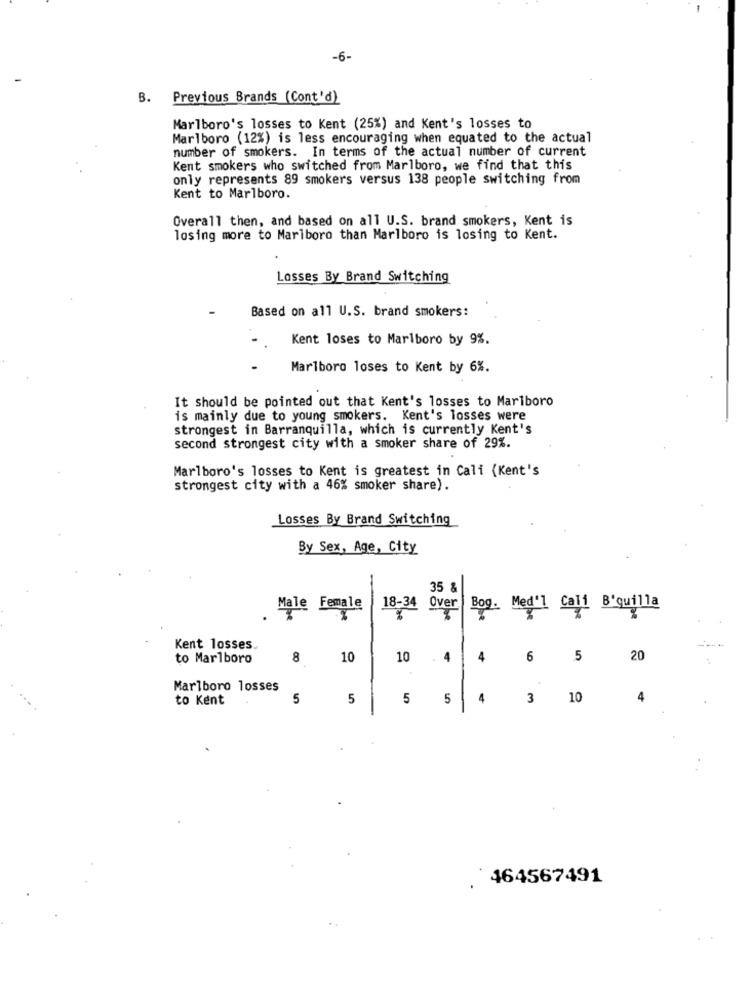
-6-
B. Previous Brands (Cont'd)
Marlboro's losses to Kent (25%) and Kent's losses to
Marlboro (12%) is less encouraging when equated to the actual
number of smokers. In terms of the actual number of current
Kent smokers who switched from Marlboro, we find that this
only represents 89 smokers versus 138 people switching from
Kent to Marlboro.
Overall then, and based on all U.S. brand smokers, Kent is
losing more to Marlboro than Marlboro is losing to Kent.
Losses By Brand Switching
Based on all U.S. brand smokers:
Kent loses to Marlboro by 9%.
Marlboro loses to Kent by 6%.
It should be pointed out that Kent's losses to Marlboro
is mainly due to young smokers. Kent's losses were
strongest in Barranquilla, which is currently Kent's
second strongest city with a smoker share of 29%.
Marlboro's losses to Kent is greatest in Cali (Kent's
strongest city with a 46% smoker share).
Losses By Brand Switching
By Sex, Age, City
35 &
Male Female
18-34
Over
Bog. Med'1 Cali B'quilla
Kent losses.
to Marlboro
8
10
10
. 4
4
6
5
20
Marlboro losses
to Kent
5
5
5
5
4
3 10
4
. 464567491